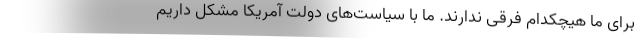
برای ما هیچکدام فرقی ندارند. ما با سیاست‌های دولت آمریکا مشکل داریم